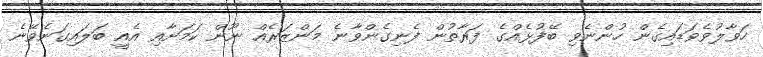
ހަވާލުވެވަޑައިގެން ހުންނެވި ބޭފުޅެއްގެ ފަރާތުން ފެނިގެންވާނެ މަންޒަރެއް ނޫން ކަމަށާއި އެއިީ ބަލައިގަނެވޭނެ